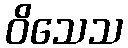
ဝိသေသ